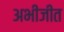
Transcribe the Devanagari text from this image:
अभीजीत